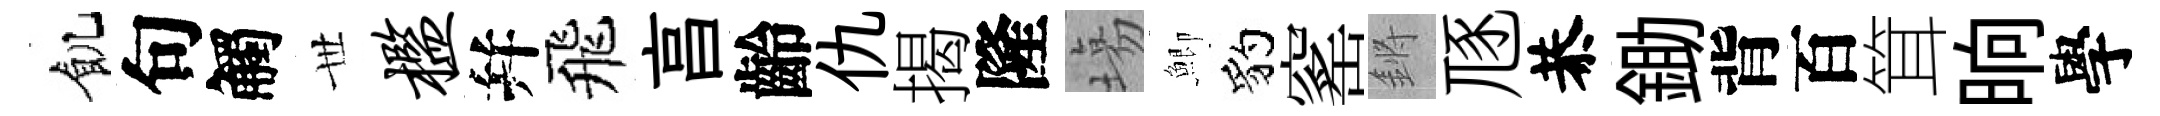
飢句觸𠀍槛幷飛亯齡仇揭隆塲鯽豹窰鏘豗恭鋤背百䇯晌學